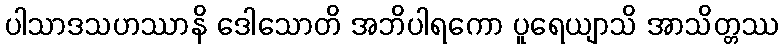
ပါသာဒသဟဿာနိ ဒေါသောတိ အဘိပါရကော ပူရေယျာသိ အာသိတ္တဿ